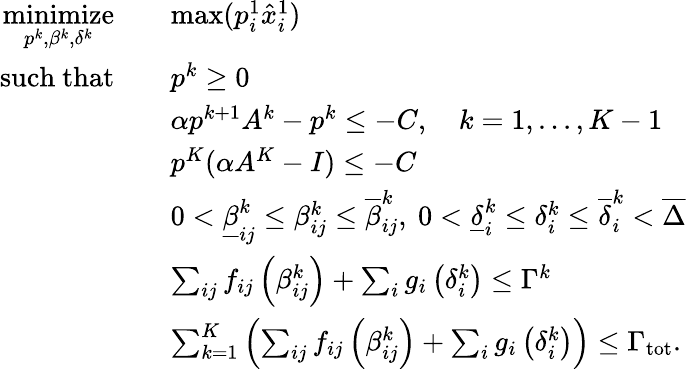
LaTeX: \begin{array}{rl}{\underset{p^{k},\beta^{k},\delta^{k}}{\mathrm{minimize}}}&{\quad\mathrm{max}(p_{i}^{1}\hat{x}_{i}^{1})}\\ {\mathrm{such~that}}&{\quad p^{k}\geq 0}\\ &{\quad\alpha p^{k+1}A^{k}-p^{k}\leq-C,\quad k=1,...,K-1}\\ &{\quad p^{K}(\alpha A^{K}-I)\le-C}\\ &{\quad 0<\underline{{\beta}}_{ij}^{k}\leq\beta_{ij}^{k}\leq\overline{{\beta}}_{ij}^{k},\ 0<\underline{{\delta}}_{i}^{k}\leq\delta_{i}^{k}\leq\overline{{\delta}}_{i}^{k}<\overline{{\Delta}}}\\ &{\quad\sum_{ij}f_{ij}\left(\beta_{ij}^{k}\right)+\sum_{i}g_{i}\left(\delta_{i}^{k}\right)\leq\Gamma^{k}}\\ &{\quad\sum_{k=1}^{K}\left(\sum_{ij}f_{ij}\left(\beta_{ij}^{k}\right)+\sum_{i}g_{i}\left(\delta_{i}^{k}\right)\right)\leq\Gamma_{\mathrm{tot}}.}\end{array}